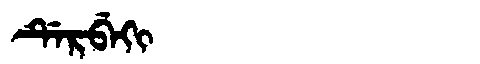
Manchu: ᡩᡝᡵᠪᡝᡴᡳ
Romanization: DERBEKI